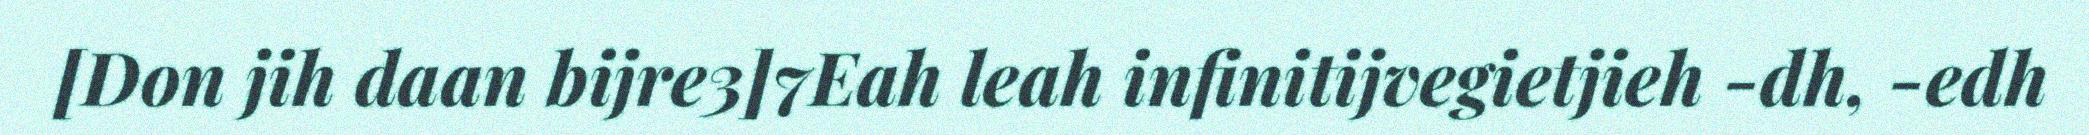
[Don jih daan bijre3]7Eah leah infinitijvegietjieh -dh, -edh